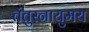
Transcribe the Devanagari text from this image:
तंतुस्नायुमय